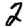
Digit: 2